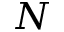
N